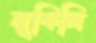
লুফিলি